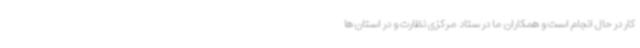
کار در حال انجام است و همکاران ما در ستاد مرکزی نظارت و در استان ها